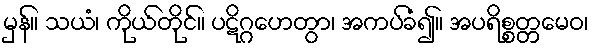
မှန်။ သယံ၊ ကိုယ်တိုင်။ ပဋိဂ္ဂဟေတွာ၊ အကပ်ခံ၍။ အပရိစ္စတ္တမေဝ၊